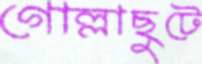
গোল্লাছুটে